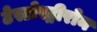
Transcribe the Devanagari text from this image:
टेस्टोस्ट्रीरोन